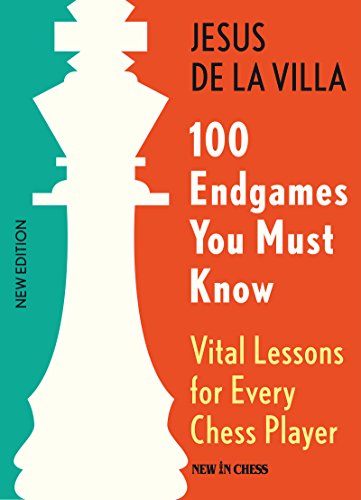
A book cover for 100 Endgames You Must Know: Vital Lessons for Every Chess Player; Jesus de la Villa; Humor & Entertainment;